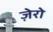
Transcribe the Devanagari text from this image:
ज़ेरो